Riisipere_vallakohus, lk 14
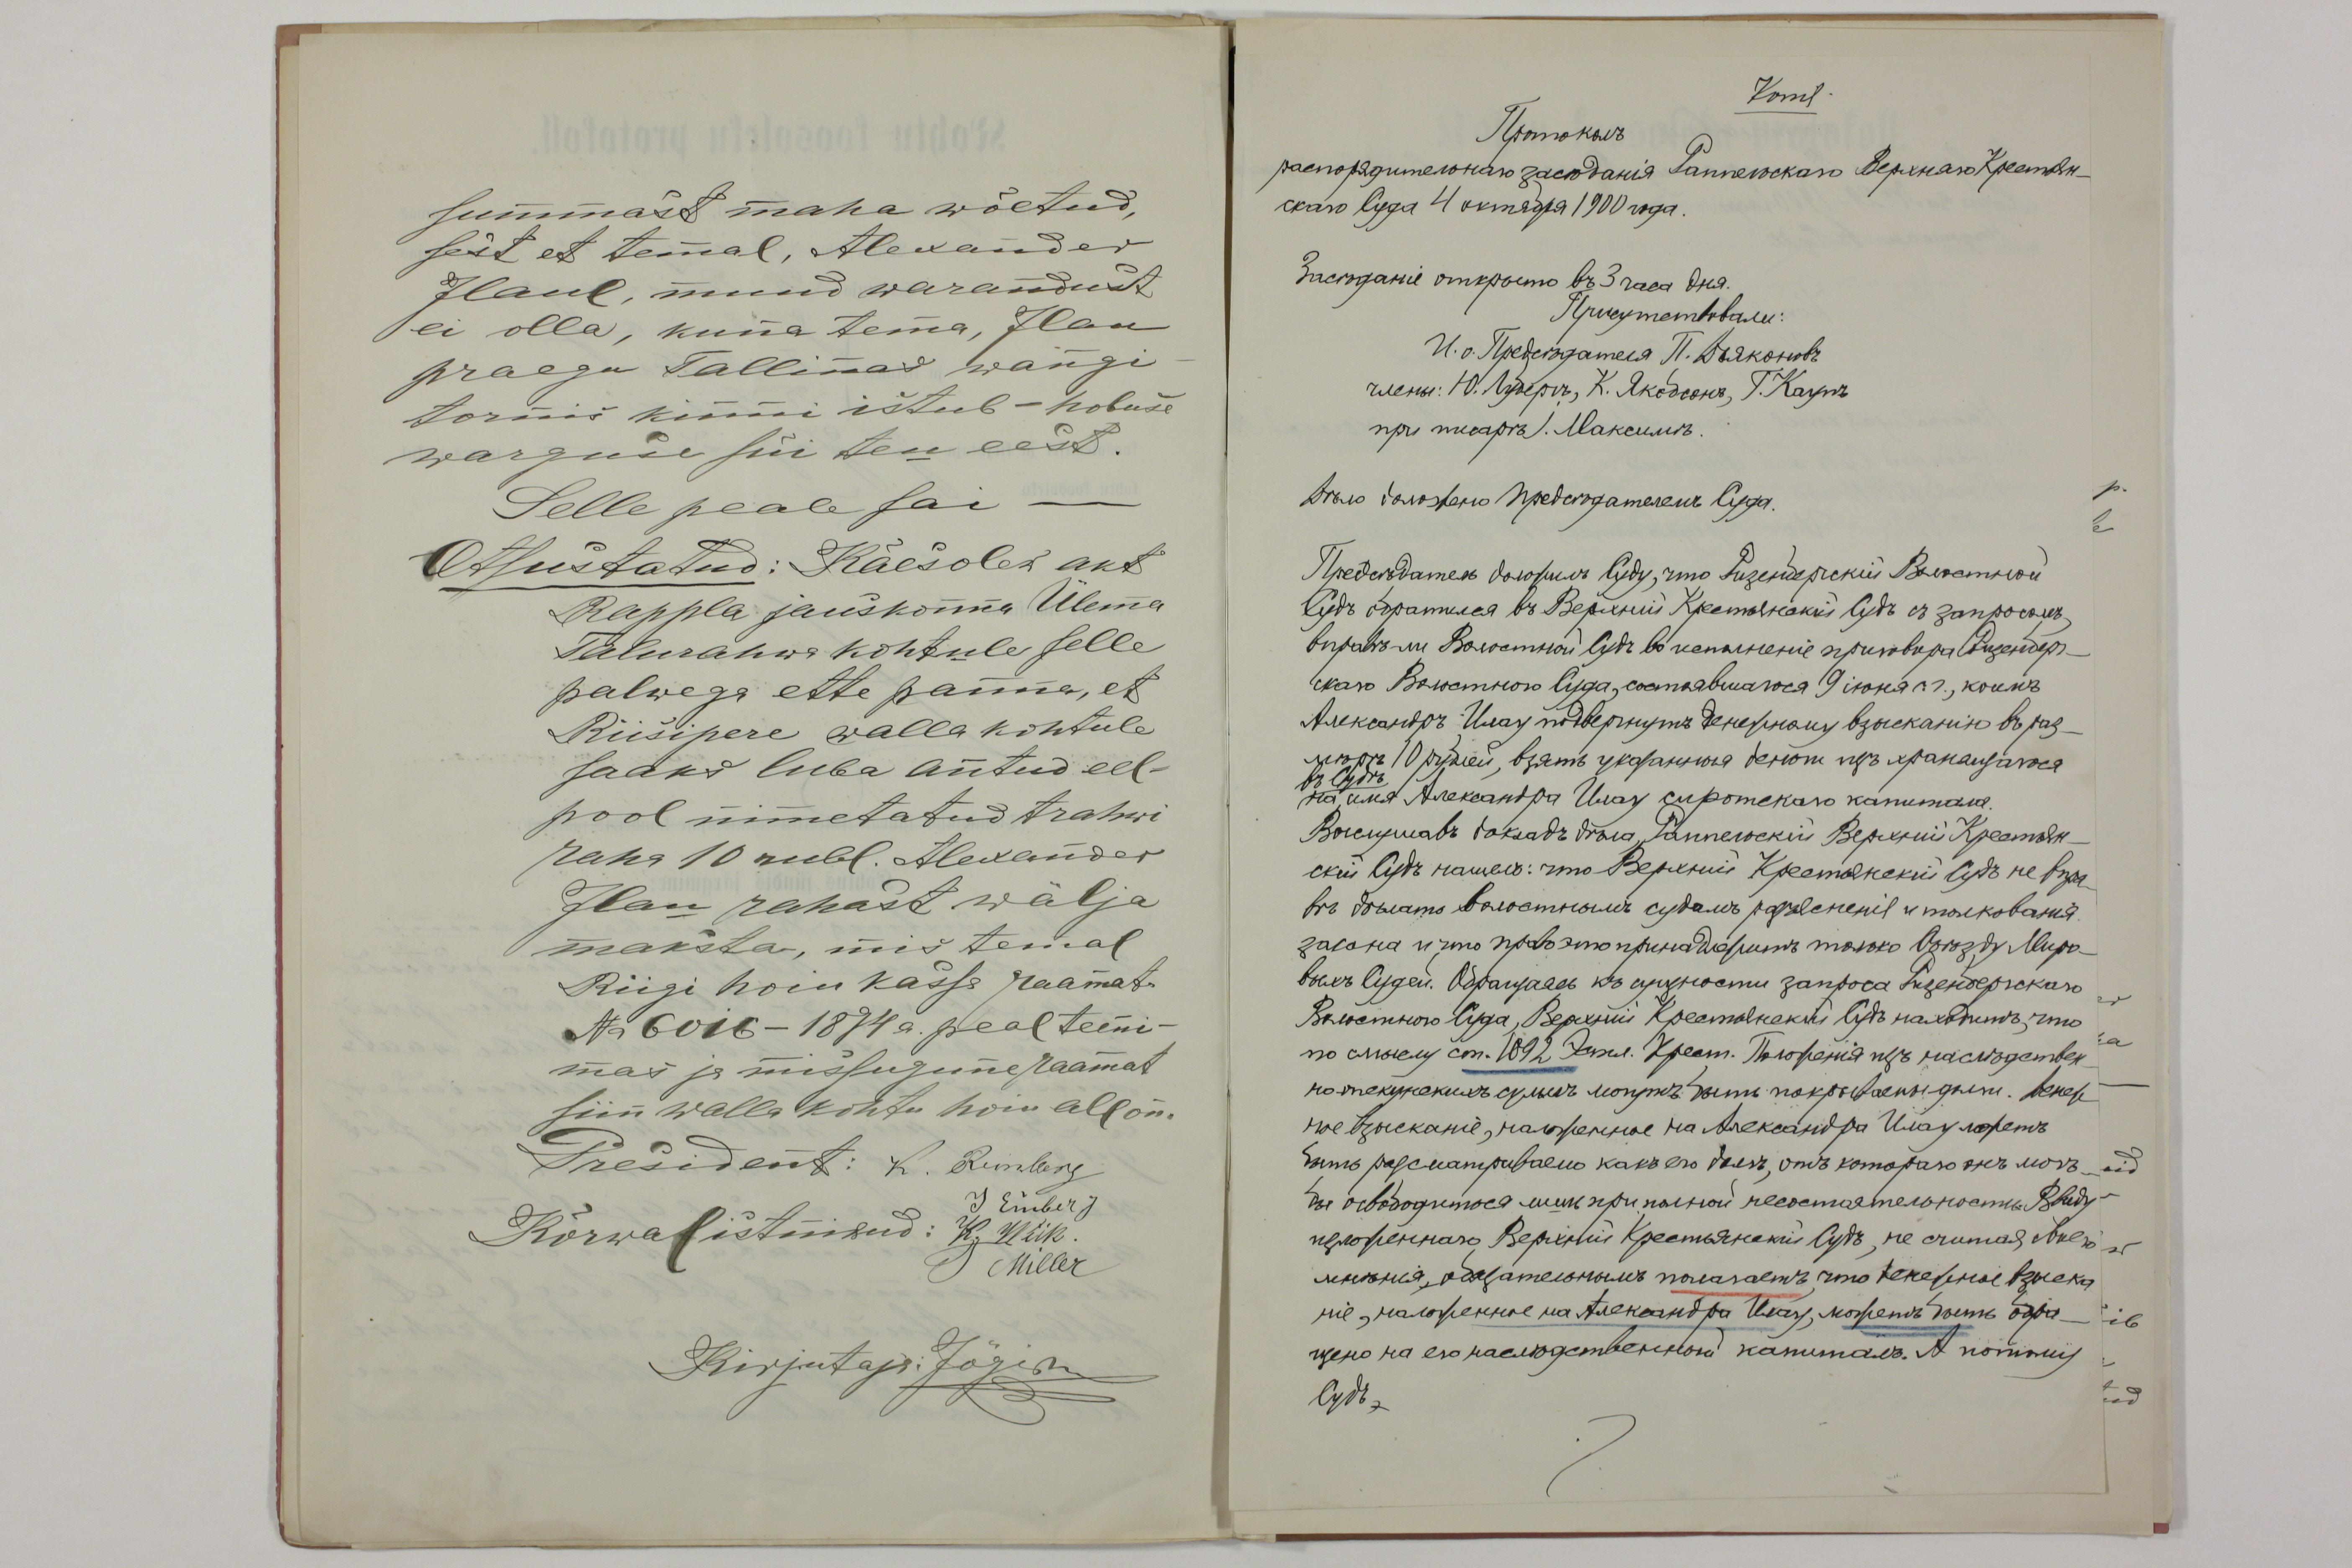
summast maha wõetud,
sest et temal, Alexander
Ilaul, muud warandust
ei olla, kuna tema, Ilau
praegu Tallinas wangi
tornis kinni istub-hobuse
warguse süi teu eest.
Selle peale sai -
Otsustatud: Käesolek akt
Rappla jauskonna Ülema
Talurahwa kohtule selle
palwega ette panna, et
Riisipere walla kohtule
saaks luba antud eel-
pool nimetatud trahwi
raha 10 rubl. Alexander
Ilau rahast wälja
maksta, mis temal
Riigi hoiu kassa raamatu
No 6016 - 1884 a. peal teeni-
mas ja missugune raamat
siin walla kohtu hoiu all on
President: K. Reinberg
J. Einberg
Kõrwalistnikud: K. Wiik.
T Miller
Kirjutaja Jõgisoo